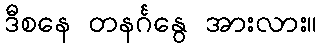
ဒီစနေ တနင်္ဂနွေ အားလား။